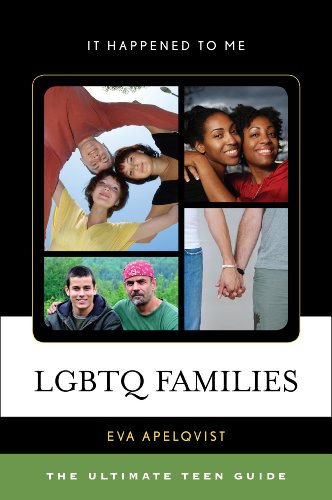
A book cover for LGBTQ Families: The Ultimate Teen Guide (It Happened to Me); Eva Apelqvist; Teen & Young Adult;